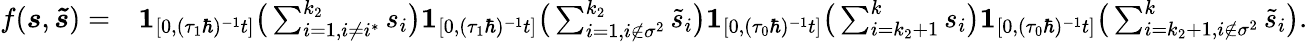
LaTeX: \begin{array}{rl}{f(\boldsymbol{s},\boldsymbol{\tilde{s}})=}&{\boldsymbol{1}_{[0,(\tau_{1}\hbar)^{-1}t]}\big(\sum_{i=1,i\neq i^{*}}^{k_{2}}s_{i}\big)\boldsymbol{1}_{[0,(\tau_{1}\hbar)^{-1}t]}\big(\sum_{i=1,i\notin\sigma^{2}}^{k_{2}}\tilde{s}_{i}\big)\boldsymbol{1}_{[0,(\tau_{0}\hbar)^{-1}t]}\big(\sum_{i=k_{2}+1}^{k}s_{i}\big)\boldsymbol{1}_{[0,(\tau_{0}\hbar)^{-1}t]}\big(\sum_{i=k_{2}+1,i\notin\sigma^{2}}^{k}\tilde{s}_{i}\big).}\end{array}